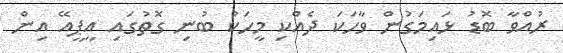
ރުއްވާ ބޮޑު ޅައިމަގުން ވާހަކަ ދެއްކި މީހަކު ބުނި ގޮތުގައި އީޕީއޭ އިން